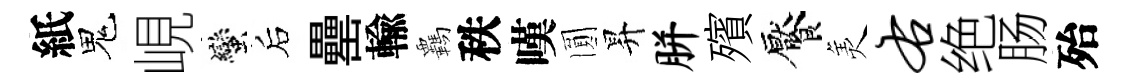
紙鬼峴蠻后罍輸覊秩嘆圎昇胼殯饜羙右绝肠殆